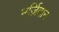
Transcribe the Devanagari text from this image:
मर्ज़िदान